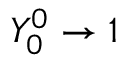
Y _ { 0 } ^ { 0 } \rightarrow 1